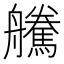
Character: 𦫀